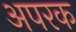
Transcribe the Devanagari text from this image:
अपरक